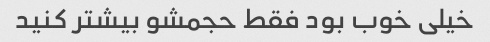
خیلی خوب بود فقط حجمشو بیشتر کنید